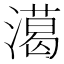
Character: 㵧